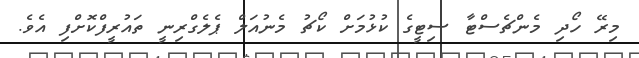
މިރޭ ހޯދި މެންޗެސްޓާ ސިޓީގެ ކުޅުމަށް ކޯޗު މެނުއަލް ޕެލެގްރިނީ ތައުރީފްކޮށްފި އެވެ.